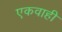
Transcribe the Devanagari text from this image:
एकवाही